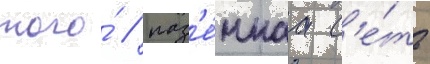
того́ / наз'е́мнаа с'е́ть